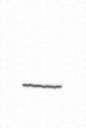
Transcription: –